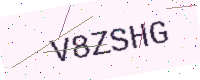
Text: V8ZSHG